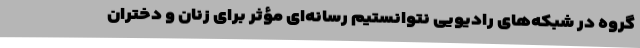
گروه در شبکه‌های رادیویی نتوانستیم رسانه‌ای مؤثر برای زنان و دختران